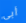
أبي